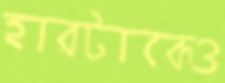
হারটাকেও